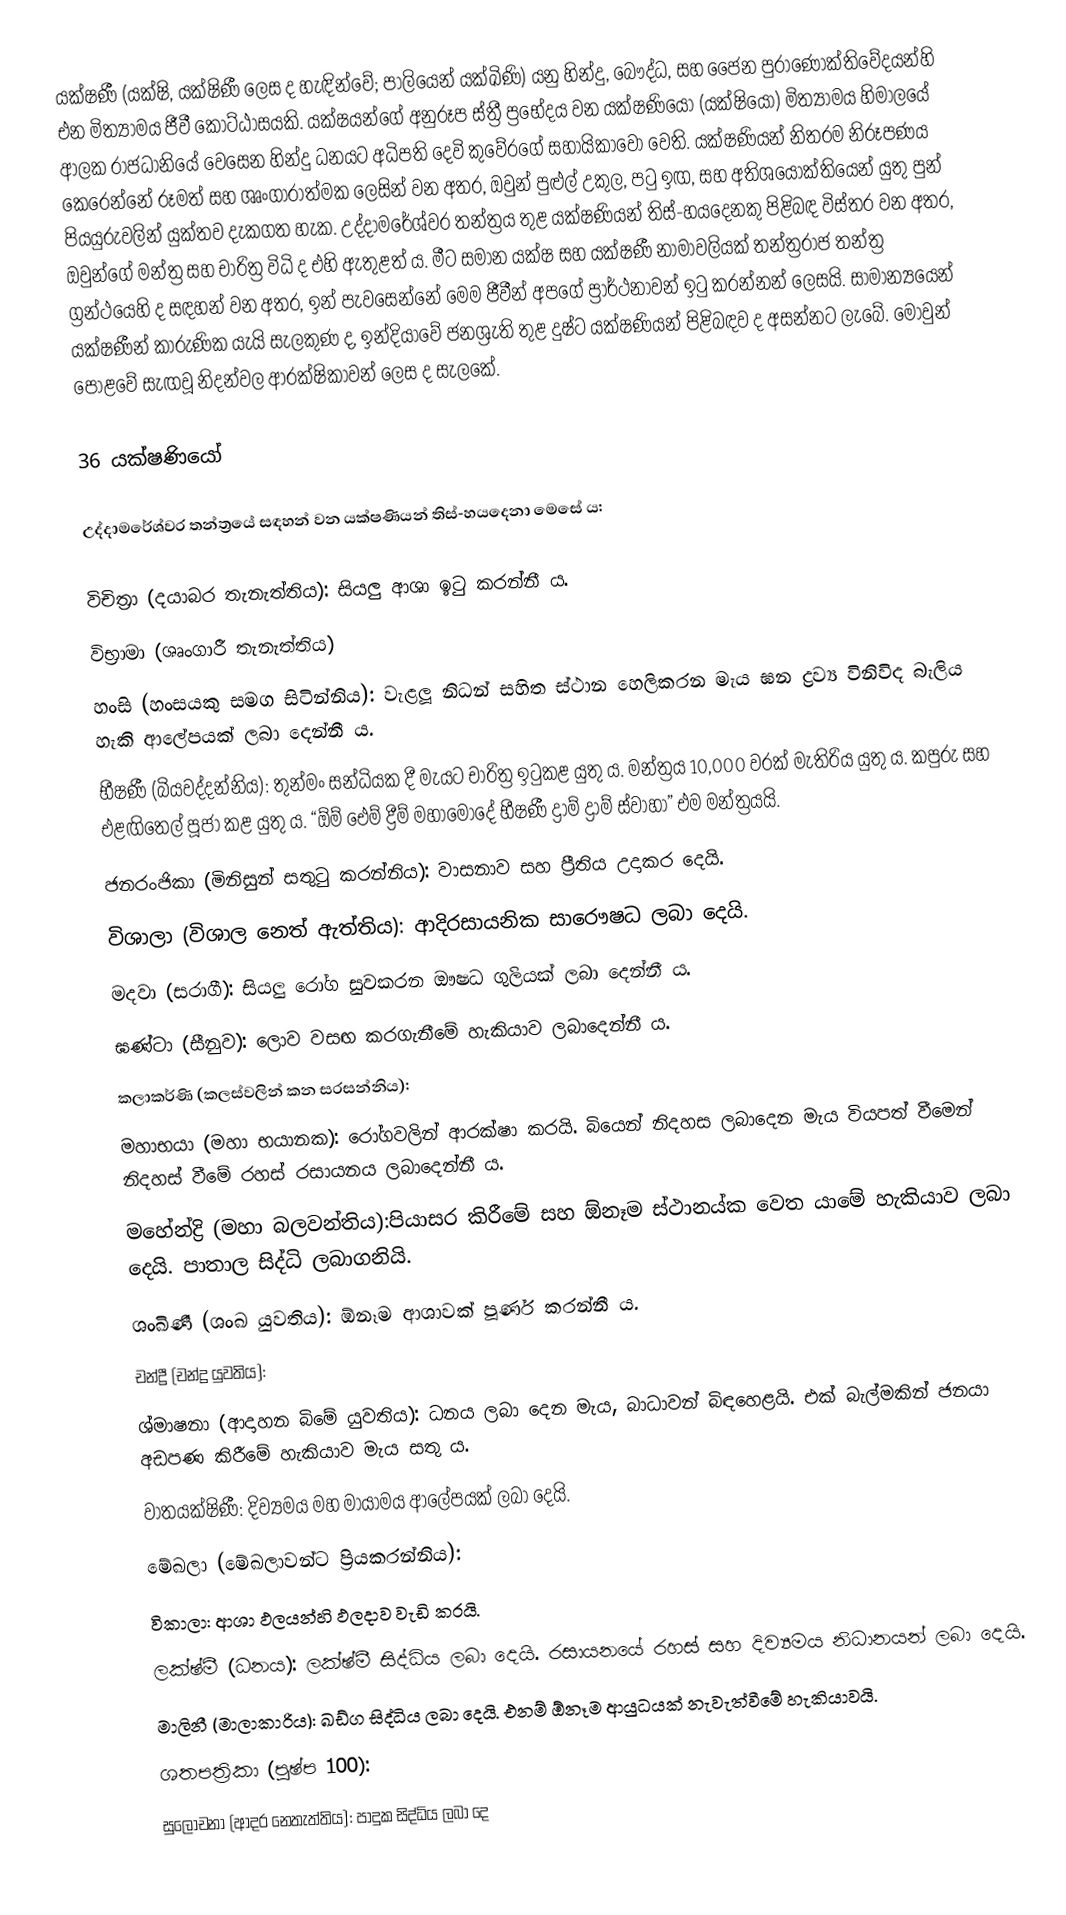
යක්ෂණී (යක්ෂි, යක්ෂිණී ලෙස ද හැඳින්වේ; පාලියෙන් යක්ඛිණි) යනු හින්දු, බෞද්ධ, සහ ජෛන පුරාණෝක්තිවේදයන්හි එන මිත්‍යාමය ජීවී කොට්ඨාසයකි. යක්ෂයන්ගේ අනුරූප ස්ත්‍රී ප්‍රභේදය වන යක්ෂණියෝ (යක්ෂියෝ) මිත්‍යාමය හිමාලයේ ආලක රාජධානියේ වෙසෙන හින්දු ධනයට අධිපති දෙවි කුවේරගේ සහායිකාවෝ වෙති. යක්ෂණියන් නිතරම නිරූපණ‍ය කෙරෙන්නේ රූමත් සහ ශෘංගාරාත්මක ලෙසින් වන අතර, ඔවුන් පුළුල් උකුල, පටු ඉඟ, සහ අතිශයෝක්තියෙන් යුතු පුන් පියයුරුවලින් යුක්තව දැකගත හැක. උද්දාමරේශ්වර තන්ත්‍රය තුළ යක්ෂණියන් තිස්-හයදෙනකු පිළිබඳ විස්තර වන අතර, ඔවුන්ගේ මන්ත්‍ර සහ චාරිත්‍ර විධි ද එහි ඇතුළත් ය. මීට සමාන යක්ෂ සහ යක්ෂණී නාමාවලියක් තන්ත්‍රරාජ තන්ත්‍ර ග්‍රන්ථයෙහි ද සඳහන් වන අතර, ඉන් පැවසෙන්නේ මෙම ජීවීන් අපගේ ප්‍රාර්ථනාවන් ඉටු කරන්නන් ලෙසයි. සාමාන්‍යයෙන් යක්ෂණීන් කාරුණික යැයි සැලකුණ ද, ඉන්දියාවේ ජනශ්‍රැති තුළ දුෂ්ට යක්ෂණියන් පිළිබඳව ද අසන්නට ලැබේ. මොවුන් පොළවේ සැඟවූ නිදන්වල ආරක්ෂිකාවන් ලෙස ද සැලකේ.

36 යක්ෂණියෝ

උද්දාමරේශ්වර තන්ත්‍ර‍යේ සඳහන් වන යක්ෂණියන් තිස්-හයදෙනා මෙසේ ය:

 විචිත්‍රා (දයාබර තැනැත්තිය): සියලු ආශා ඉටු කරන්නී ය.
 විභ්‍රාමා (ශෘංගාරී තැනැත්තිය)
 හංසි (හංසයකු සමග සිටින්නිය): වැළලූ නිධන් සහිත ස්ථාන හෙලිකරන මැය ඝන ද්‍රව්‍ය විනිවිද බැලිය හැකි ආලේපයක් ලබා දෙන්නී ය.
 භීෂණී (බියවද්දන්නිය): තුන්මං සන්ධියක දී මැයට චාරිත්‍ර ඉටුකළ යුතු ය. මන්ත්‍රය 10,000 වරක් මැතිරිය යුතු ය. කපුරු සහ එළඟිතෙල් පූජා කළ යුතු ය. “ඕම් ඓම් ද්‍රීම් මහාමෝදේ භීෂණී ද්‍රාම් ද්‍රාම් ස්වාහා” එම මන්ත්‍රයයි.
 ජනරංජිකා (මිනිසුන් සතුටු කරන්නිය): වාසනාව සහ ප්‍රීතිය උදාකර දෙයි.
 විශාලා (විශාල නෙත් ඇත්තිය): ආදිරසායනික සාරෞෂධ ලබා දෙයි.
 මදවා (සරාගී): සියලු රෝග සුවකරන ඖෂධ ගුලියක් ලබා දෙන්නී ය.
 ඝණ්ටා (සීනුව): ලොව වසඟ කරගැනීමේ හැකියාව ලබාදෙන්නී ය.
 කලාකර්ණි (කලස්වලින් කන සරසන්නිය):
 මහාභයා (මහා භයානක): රෝගවලින් ආරක්ෂා කරයි. බියෙන් නිදහස ලබාදෙන මැය වියපත් වීමෙන් නිදහස් වීමේ රහස් රසායනය ලබාදෙන්නී ය.
 මහේන්ද්‍රි (මහා බලවන්තිය):පියාසර කිරීමේ සහ ඕනෑම ස්ථානය්ක වෙත යාමේ හැකියාව ලබා දෙයි. පාතාල සිද්ධි ලබාගනියි.
 ශංඛිණී (ශංඛ යුවතිය): ඕනෑම ආශාවක් පූර්ණ කරන්නී ය.
 චන්ද්‍රී (චන්ද්‍ර යුවතිය):
 ශ්මාෂනා (ආදාහන බිමේ යුවතිය): ධනය ලබා දෙන මැය, බාධාවන් බිඳහෙළයි. එක් බැල්මකින් ජනයා අඩපණ කිරීමේ හැකියාව මැය සතු ය.
 වාතයක්ෂිණී: දිව්‍යමය මහ මායාමය ආලේපයක් ලබා දෙයි.
 මේඛලා (මේඛලාවන්ට ප්‍රියකරන්නිය):
 විකාලා: ආශා ඵලයන්හි ඵලදාව වැඩි කරයි.
 ලක්ෂ්මී (ධනය): ලක්ෂ්මී සිද්ධිය ලබා දෙයි. රසායනයේ රහස් සහ දිව්‍යමය නිධානයන් ලබා දෙයි.
 මාලිනී (මාලාකාරිය): ඛඩ්ග සිද්ධිය ලබා දෙයි. එනම් ඕනෑම ආයුධයක් නැවැත්වීමේ හැකියාවයි.
 ශතපත්‍රිකා (පුෂ්ප 100):
 සුලෝචනා (ආදර නෙතැත්තිය): පාදුක සිද්ධිය ලබා දෙ